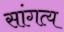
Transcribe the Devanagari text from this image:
सांगत्य